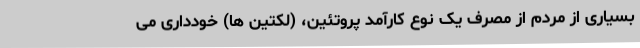
بسیاری از مردم از مصرف یک نوع کارآمد پروتئین، (لکتین ها) خودداری می